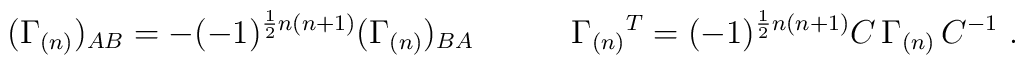
(\Gamma_{(n)})_{AB}=-(-1)^{\frac{1}{2}n(n+1)}(\Gamma_{(n)})_{BA}\qquad\quad\Gamma_{(n)}{}^T=(-1)^{\frac{1}{2}n(n+1)}C\,\Gamma_{(n)}\,C^{-1}\ .